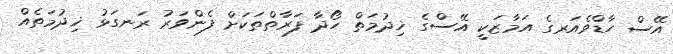
އޭސް ހާޑްވެއަރގެ އަމާޒަކީ އޭސްގެ ޚިދުމަތް ހޯދާ ފަރާތްތަކަށް ފެންވަރު ރަނގަޅު ޚިދުމަތެއް